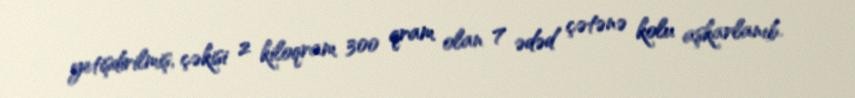
yetişdirilmiş, çəkisi 2 kiloqram 300 qram olan 7 ədəd çətənə kolu aşkarlanıb.